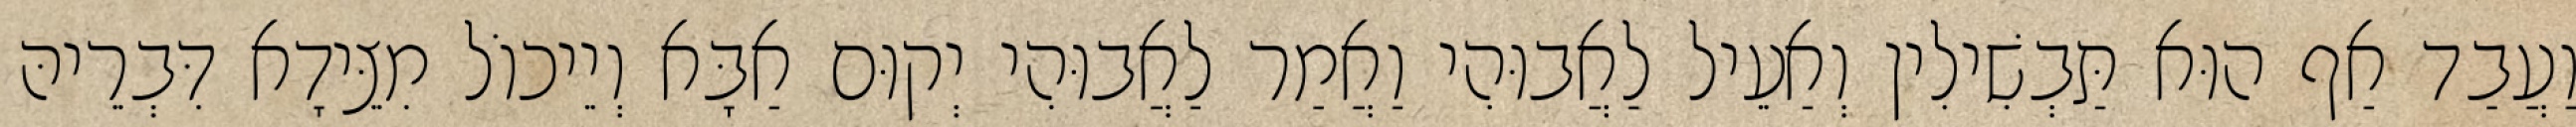
וַעֲבַד אַף הוּא תַּבְשִׁילִין וְאַעֵיל לַאֲבוּהִי וַאֲמַר לַאֲבוּהִי יְקוּם אַבָּא וְיֵיכוֹל מִצֵּידָא דִּבְרֵיהּ